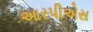
આરપીએસ